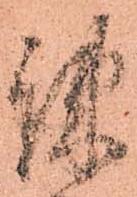
疎